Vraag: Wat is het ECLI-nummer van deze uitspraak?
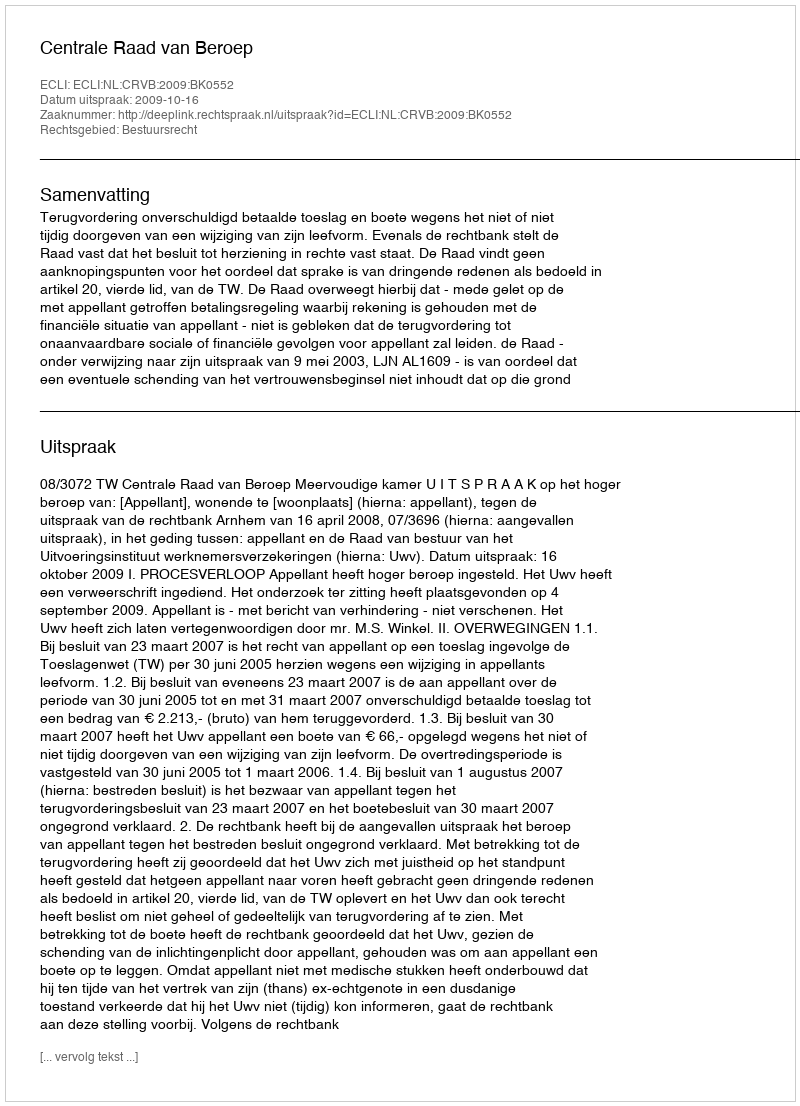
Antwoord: ECLI:NL:CRVB:2009:BK0552